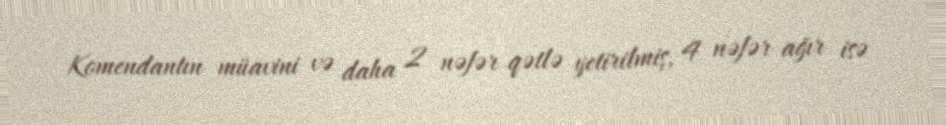
Komendantın müavini və daha 2 nəfər qətlə yetirilmiş, 4 nəfər ağır isə